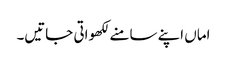
اماں اپنے سامنے لکھواتی جاتیں۔